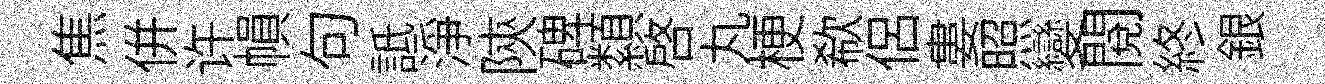
焦併许𢄙句詆淨陝碑纇啓丸梗欷侣婁照變閲終銀